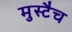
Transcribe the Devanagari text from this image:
मुस्टैच